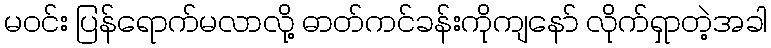
မဝင်း ပြန်ရောက်မလာလို့ ဓာတ်ကင်ခန်းကိုကျနော် လိုက်ရှာတဲ့အခါ